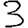
Digit: 3